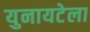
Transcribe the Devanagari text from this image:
युनायटेला